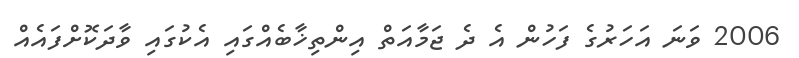
2006 ވަނަ އަހަރުގެ ފަހުން އެ ދެ ޖަމާއަތް އިންތިޚާބެއްގައި އެކުގައި ވާދަކޮށްފައެއް